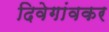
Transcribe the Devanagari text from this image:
दिवेगांवकर